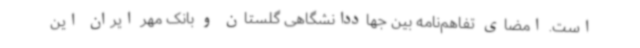
است. امضای تفاهم‌نامه بین جهاددانشگاهی گلستان و بانک مهر ایران این